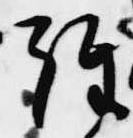
経